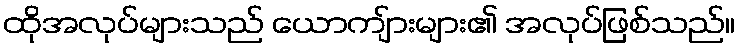
ထိုအလုပ်များသည် ယောကျ်ားများ၏ အလုပ်ဖြစ်သည်။